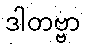
ဒါတဗ္ဗာ